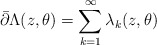
\begin{align*}\bar\partial \Lambda(z,\theta) =\sum^\infty_{k=1}\lambda_k(z,\theta)\end{align*}